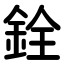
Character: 銓